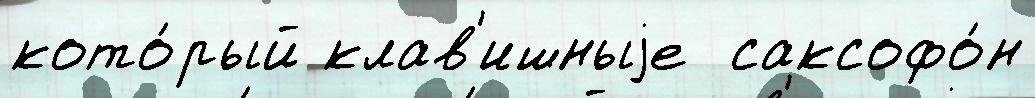
кото́рый клав'ишныjе  саксофо́н